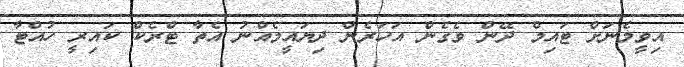
އިވީމެނަށް ޓައިމް ދޭން ވެގެން އަހަރެން ދިޔައީމެއްނު އެތާ ޓްރެކް ކައިރީ ހުއްޓާ